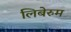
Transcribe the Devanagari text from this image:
लिबेरुम